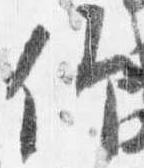
仰